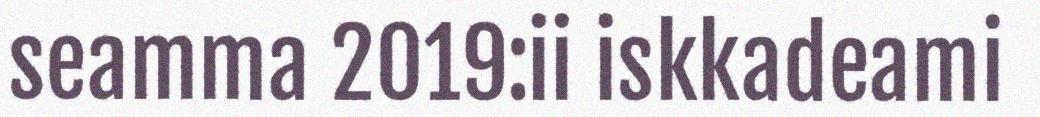
seamma 2019:ii iskkadeami